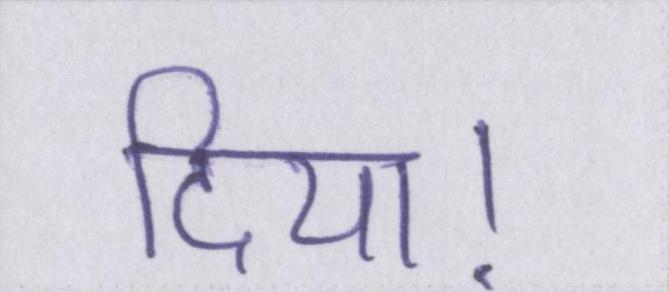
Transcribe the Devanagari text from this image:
दिया।